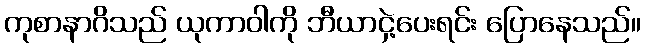
ကုစာနာဂိသည် ယုကာဝါကို ဘီယာငှဲ့ပေးရင်း ပြောနေသည်။